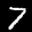
Label: 7